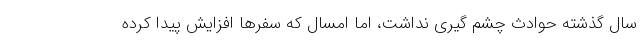
سال گذشته حوادث چشم گیری نداشت، اما امسال که سفرها افزایش پیدا کرده